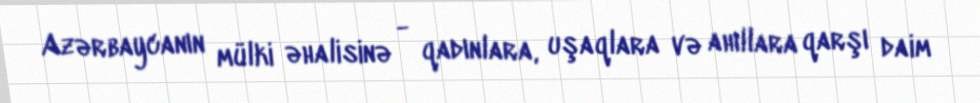
Azərbaycanın mülki əhalisinə - qadınlara, uşaqlara və ahıllara qarşı daim